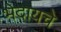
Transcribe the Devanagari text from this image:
भेदायचे